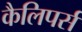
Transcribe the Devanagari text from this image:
कैलिपर्स